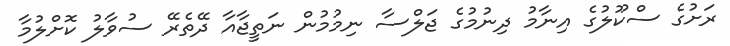
ރަށުގެ ސްކޫލުގެ އިނާމު ދިނުމުގެ ޖަލްސާ ނިމުމުން ނަތީޖާއާ ދޭތެރޭ ސުވާލު ކޮށްލުމާ